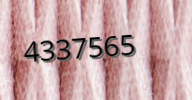
4337565